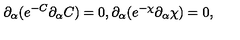
\partial _ { \alpha } ( e ^ { - C } \partial _ { \alpha } C ) = 0 , \partial _ { \alpha } ( e ^ { - \chi } \partial _ { \alpha } \chi ) = 0 ,